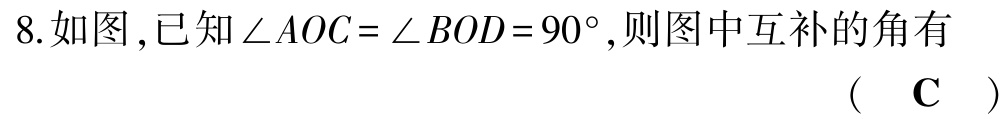
8.如图,已知\(\angle AOC = \angle BOD = 90^{\circ}\),则图中互补的角有 （  \(\mathbf{C}\)  ）